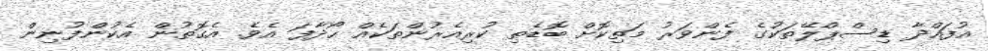
އުފައްދާ ޑިސްޕްލޭތަކުގެ ފެންވަރު މަތިކޮށް ބޮޑެތި ކުރިއެރުންތަކެއް ހޯދާފަ އެވެ. އެގޮތުން އެކުންފުނިން